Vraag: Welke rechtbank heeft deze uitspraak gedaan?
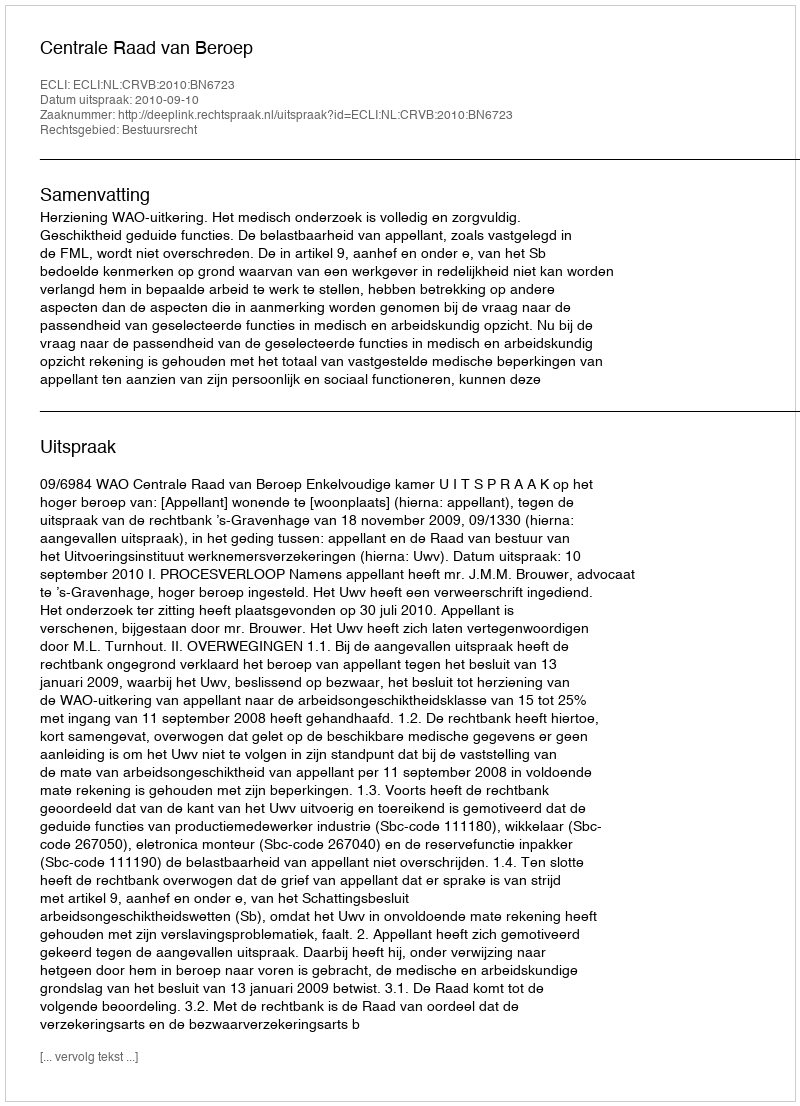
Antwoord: Centrale Raad van Beroep